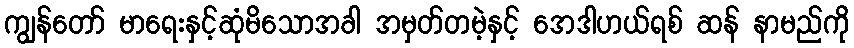
ကျွန်တော် မာရေးနှင့်ဆုံမိသောအခါ အမှတ်တမဲ့နှင့် အေဒါဟယ်ရစ် ဆန် နာမည်ကို